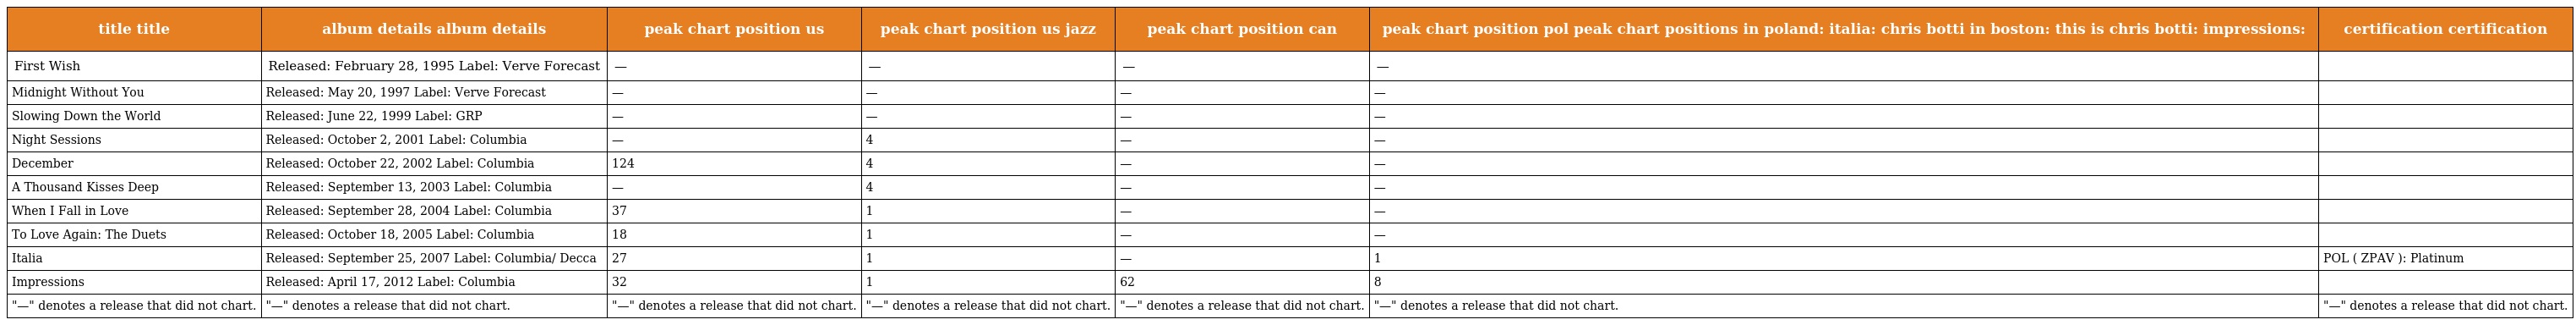
| title title | album details album details | peak chart position us | peak chart position us jazz | peak chart position can | peak chart position pol peak chart positions in poland: italia: chris botti in boston: this is chris botti: impressions: | certification certification |
 | --- | --- | --- | --- | --- | --- | --- |
 | First Wish | Released: February 28, 1995 Label: Verve Forecast | — | — | — | — |  |
 | Midnight Without You | Released: May 20, 1997 Label: Verve Forecast | — | — | — | — |  |
 | Slowing Down the World | Released: June 22, 1999 Label: GRP | — | — | — | — |  |
 | Night Sessions | Released: October 2, 2001 Label: Columbia | — | 4 | — | — |  |
 | December | Released: October 22, 2002 Label: Columbia | 124 | 4 | — | — |  |
 | A Thousand Kisses Deep | Released: September 13, 2003 Label: Columbia | — | 4 | — | — |  |
 | When I Fall in Love | Released: September 28, 2004 Label: Columbia | 37 | 1 | — | — |  |
 | To Love Again: The Duets | Released: October 18, 2005 Label: Columbia | 18 | 1 | — | — |  |
 | Italia | Released: September 25, 2007 Label: Columbia/ Decca | 27 | 1 | — | 1 | POL ( ZPAV ): Platinum |
 | Impressions | Released: April 17, 2012 Label: Columbia | 32 | 1 | 62 | 8 |  |
 | "—" denotes a release that did not chart. | "—" denotes a release that did not chart. | "—" denotes a release that did not chart. | "—" denotes a release that did not chart. | "—" denotes a release that did not chart. | "—" denotes a release that did not chart. | "—" denotes a release that did not chart. |